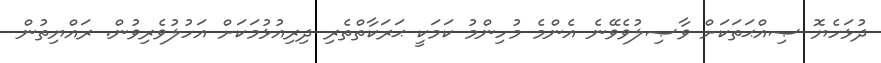
ދުޅަހެޔޮ ޞިއްޙަތަކަށް ވާޞިލުވެވޭނެ އެންމެ މުހިންމު ކަމަކީ ޙަރަކާތްތެރި ދިރިއުޅުމަކަށް އަހުލުވެރިވުން. ރައްޔިތުން